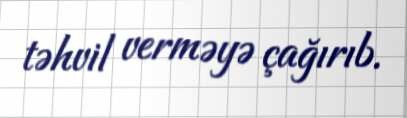
təhvil verməyə çağırıb.